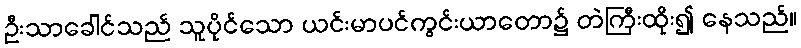
ဦးသာခေါင်သည် သူပိုင်သော ယင်းမာပင်ကွင်းယာတော၌ တဲကြီးထိုး၍ နေသည်။